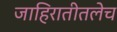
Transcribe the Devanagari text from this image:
जाहिरातीतलेच